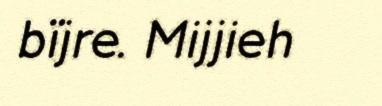
bïjre. Mijjieh